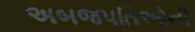
અબજપતિઓની